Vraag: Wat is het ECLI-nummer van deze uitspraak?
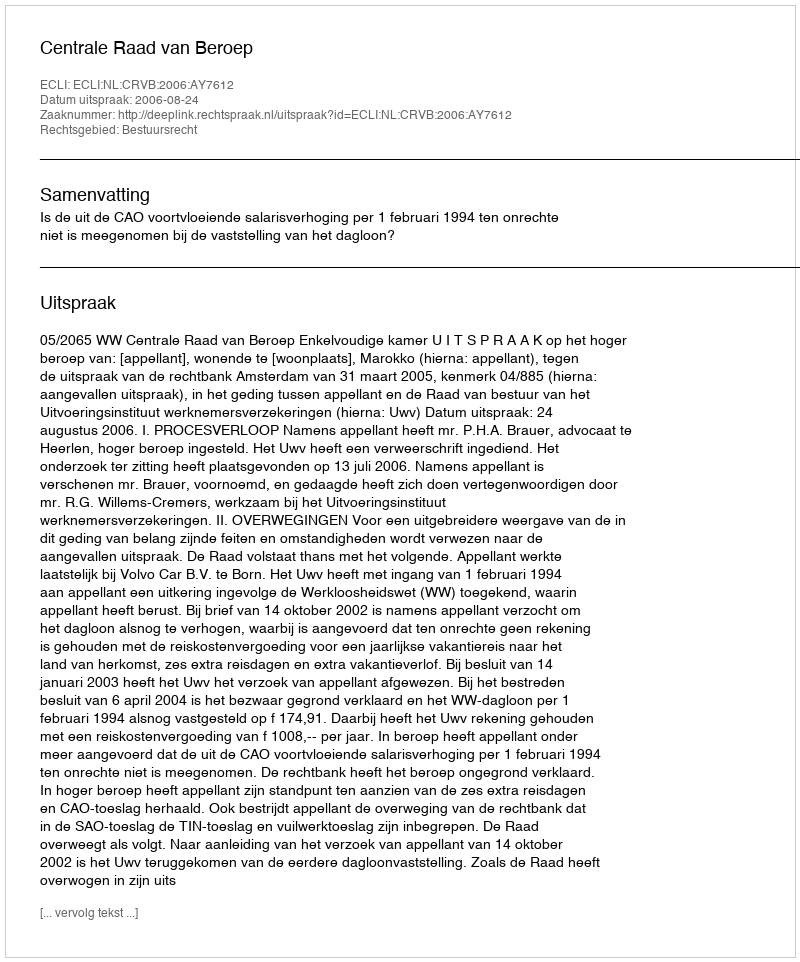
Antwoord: ECLI:NL:CRVB:2006:AY7612